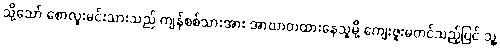
သို့သော် စောလူးမင်းသားသည် ကျန်စစ်သားအား အာဃာတထားနေသူမို့ ကျေးဇူးမတင်သည့်ပြင် သူ့